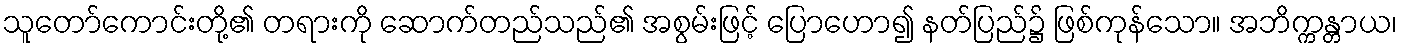
သူတော်ကောင်းတို့၏ တရားကို ဆောက်တည်သည်၏ အစွမ်းဖြင့် ပြောဟော၍ နတ်ပြည်၌ ဖြစ်ကုန်သော။ အဘိက္ကန္တာယ၊